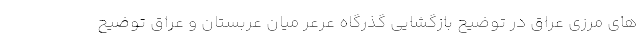
های مرزی عراق در توضیح بازگشایی گذرگاه عرعر میان عربستان و عراق توضیح